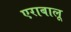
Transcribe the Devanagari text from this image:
एराबालू